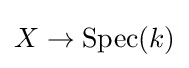
X\to {\text{Spec}}(k)